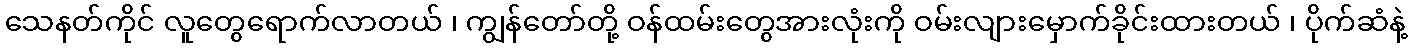
သေနတ်ကိုင် လူတွေရောက်လာတယ် ၊ ကျွန်တော်တို့ ဝန်ထမ်းတွေအားလုံးကို ဝမ်းလျားမှောက်ခိုင်းထားတယ် ၊ ပိုက်ဆံနဲ့